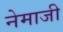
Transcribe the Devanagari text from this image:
नेमाजी